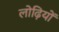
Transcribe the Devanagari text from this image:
लोढ़ियों